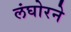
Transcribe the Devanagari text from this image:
लंघोरने